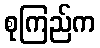
စုကြည်က